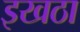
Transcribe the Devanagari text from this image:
इखठा